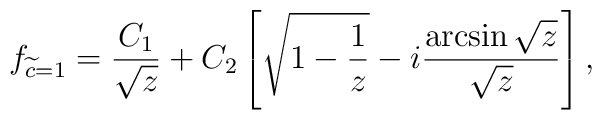
f_{\widetilde c = 1} = \frac{C_1}{\sqrt{z}} + C_2 \left[      \sqrt{1-\frac{1}{z}} -      i \frac{\arcsin{\sqrt{z}}}{\sqrt{z}}\right],